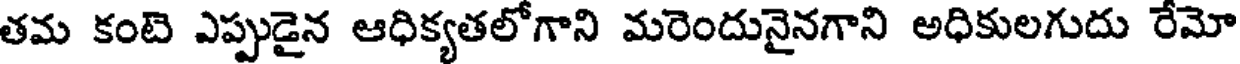
తమ కంటె ఎప్పుడైన ఆధిక్యతలోగాని మరెందునైనగాని అధికులగుదు రేమో